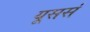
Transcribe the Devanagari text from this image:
यूसर्स